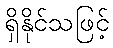
ရှိနိုင်သဖြင့်